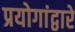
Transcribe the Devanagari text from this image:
प्रयोगांद्वारे